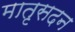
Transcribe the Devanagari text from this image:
मातृसदन